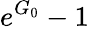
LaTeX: e^{G_{0}}-1